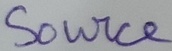
Text: Source